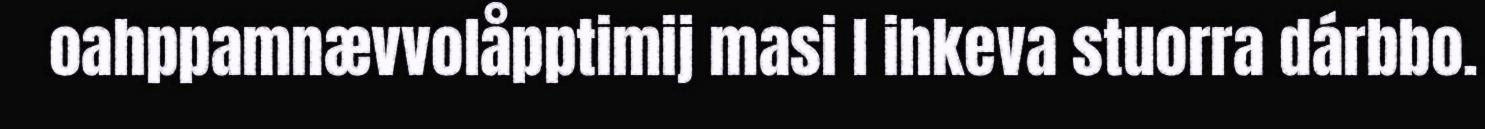
oahppamnævvolåpptimij masi l ihkeva stuorra dárbbo.